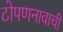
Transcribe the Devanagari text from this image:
टोपणनावाची